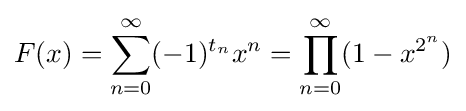
F(x)=\sum _{n=0}^{\infty }(-1)^{t_{n}}x^{n}=\prod _{n=0}^{\infty }(1-x^{2^{n}})